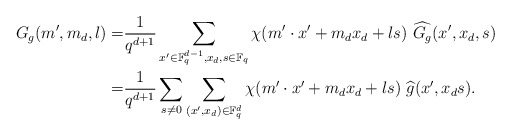
\begin{align*} G_g(m^\prime, m_d, l)=&\frac{1}{q^{d+1}} \sum_{x^\prime\in \mathbb F_q^{d-1}, x_d, s\in \mathbb F_q} \chi(m^\prime \cdot x^\prime+ m_dx_d+ls) ~\widehat{G_g}(x^\prime, x_d, s)\\=& \frac{1}{q^{d+1}} \sum_{s\neq 0} \sum_{(x^\prime, x_d)\in \mathbb F_q^d} \chi(m^\prime \cdot x^\prime+ m_dx_d+ls) ~\widehat{g}(x^\prime, x_d s).\end{align*}